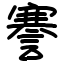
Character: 謇